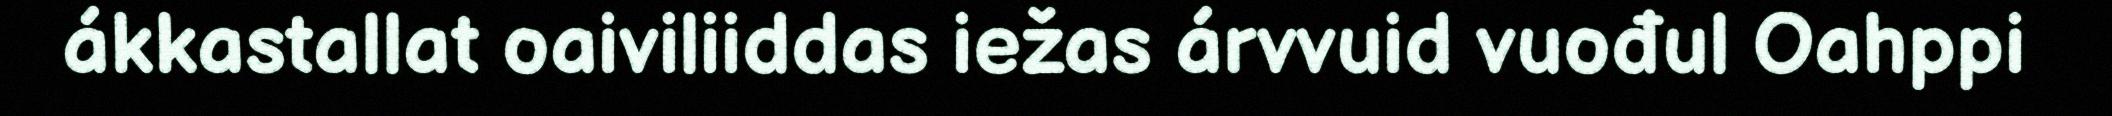
ákkastallat oaiviliiddas iežas árvvuid vuođul Oahppi